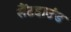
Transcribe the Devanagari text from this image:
सैंटहाउंड